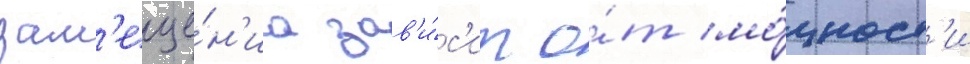
зам'еще́н'иа зав'и́с'ит о́т мо́щност'и